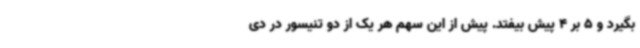
بگیرد و 5 بر 4 پیش بیفتد. پیش از این سهم هر یک از دو تنیسور در دی